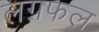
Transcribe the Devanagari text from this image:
लग्नफल